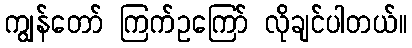
ကျွန်တော် ကြက်ဥကြော် လိုချင်ပါတယ်။